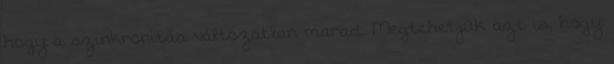
hogy a szinkronitás változatlan marad. Megtehetjük azt is, hogy